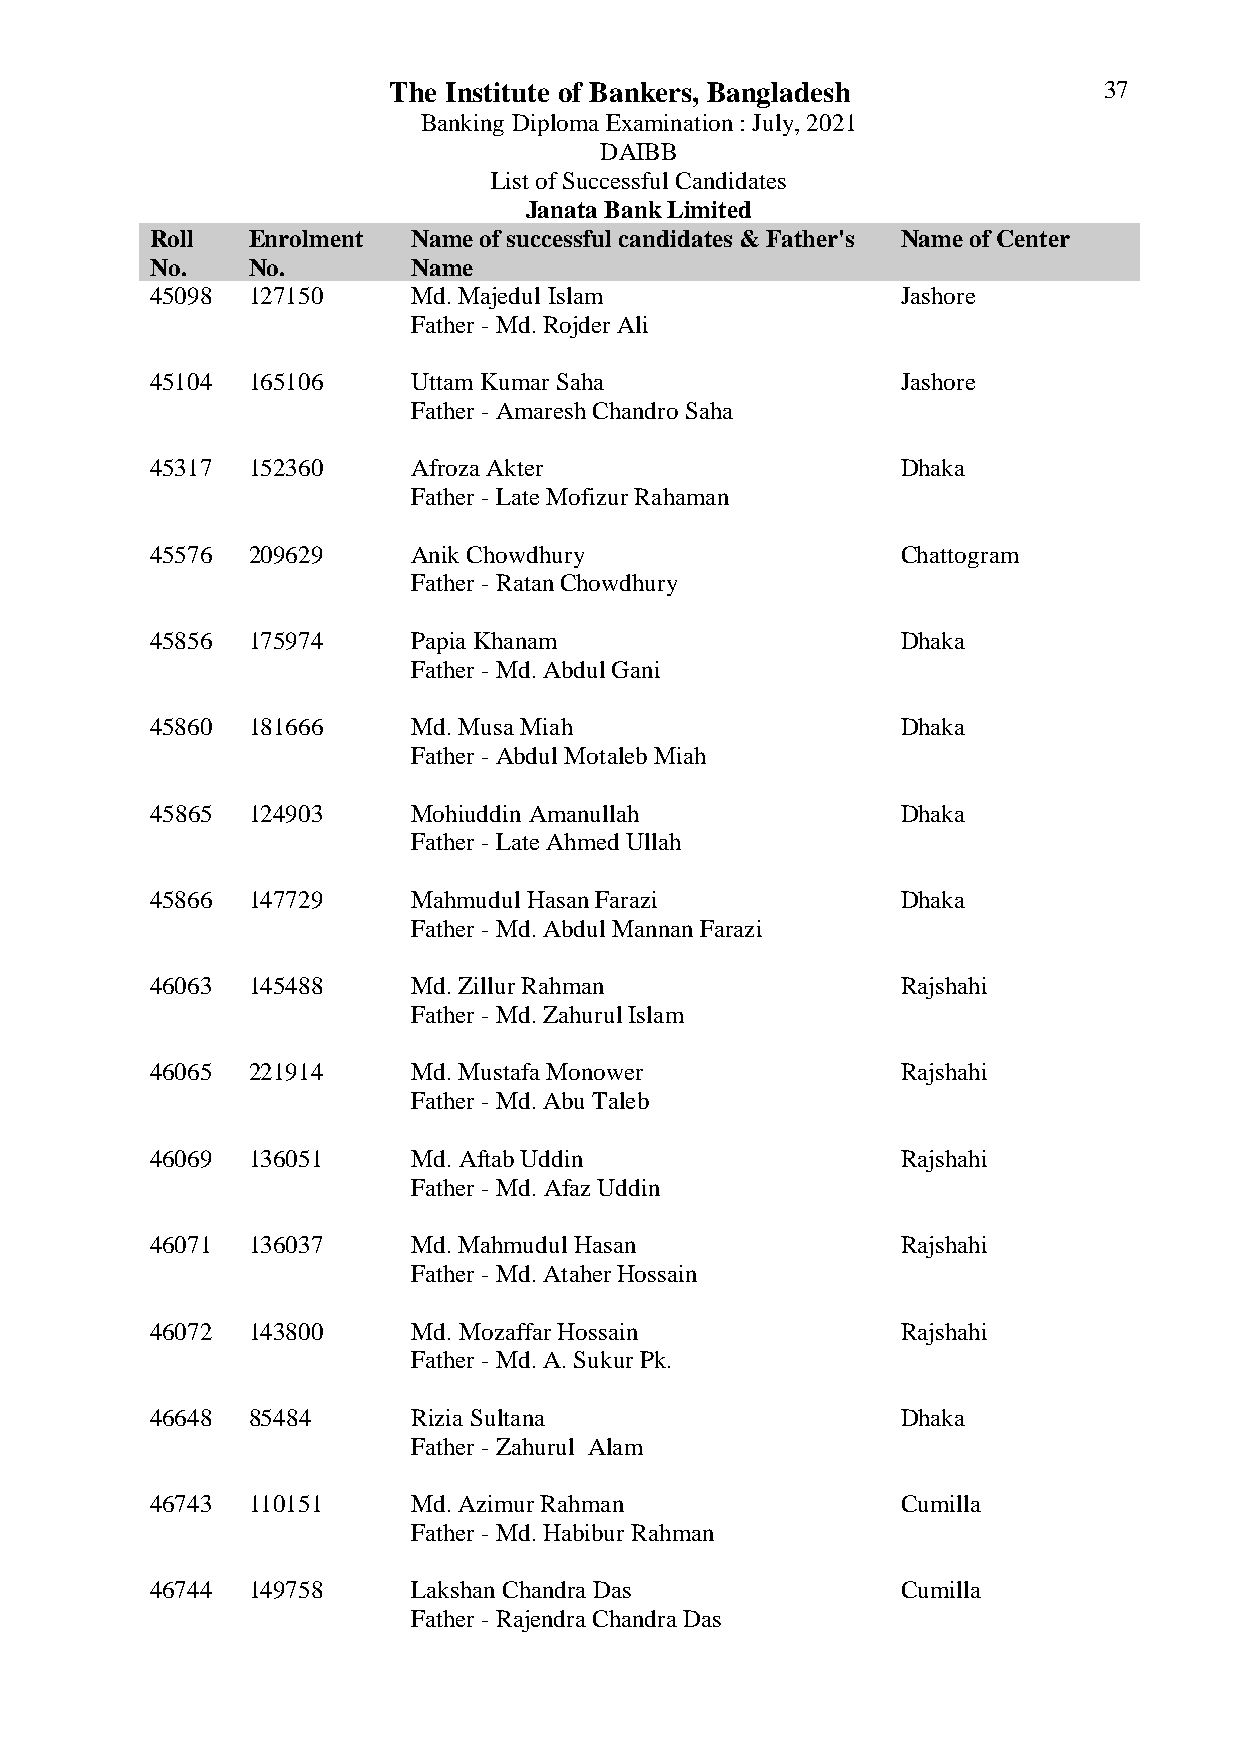
The Institute of Bankers, Bangladesh           37
 Banking Diploma Examination : July, 2021
 DAIBB
 List of Successful Candidates
 Janata Bank Limited
 Roll  Enrolment  Name of successful candidates & Father's Name of Center
 No.   No.        Name
 45098 127150     Md. Majedul Islam                Jashore
 Father - Md. Rojder Ali
 45104 165106     Uttam Kumar Saha                 Jashore
 Father - Amaresh Chandro Saha
 45317 152360     Afroza Akter                     Dhaka
 Father - Late Mofizur Rahaman
 45576 209629     Anik Chowdhury                   Chattogram
 Father - Ratan Chowdhury
 45856 175974     Papia Khanam                     Dhaka
 Father - Md. Abdul Gani
 45860 181666     Md. Musa Miah                    Dhaka
 Father - Abdul Motaleb Miah
 45865 124903     Mohiuddin Amanullah              Dhaka
 Father - Late Ahmed Ullah
 45866 147729     Mahmudul Hasan Farazi            Dhaka
 Father - Md. Abdul Mannan Farazi
 46063 145488     Md. Zillur Rahman                Rajshahi
 Father - Md. Zahurul Islam
 46065 221914     Md. Mustafa Monower              Rajshahi
 Father - Md. Abu Taleb
 46069 136051     Md. Aftab Uddin                  Rajshahi
 Father - Md. Afaz Uddin
 46071 136037     Md. Mahmudul Hasan               Rajshahi
 Father - Md. Ataher Hossain
 46072 143800     Md. Mozaffar Hossain             Rajshahi
 Father - Md. A. Sukur Pk.
 46648 85484      Rizia Sultana                    Dhaka
 Father - Zahurul Alam
 46743 110151     Md. Azimur Rahman                Cumilla
 Father - Md. Habibur Rahman
 46744 149758     Lakshan Chandra Das              Cumilla
 Father - Rajendra Chandra Das